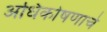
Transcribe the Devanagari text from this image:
अधिकोषणाचे